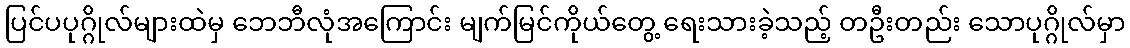
ပြင်ပပုဂ္ဂိုလ်များထဲမှ ဘေဘီလုံအကြောင်း မျက်မြင်ကိုယ်တွေ့ ရေးသားခဲ့သည့် တဦးတည်း သောပုဂ္ဂိုလ်မှာ